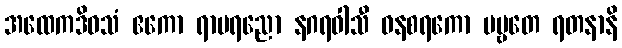
အထေကဒိဝသံ ဧကော ရာမရညော နဂရဝါသီ ဝနစရကော ပဗ္ဗတေ ရတနာနိ